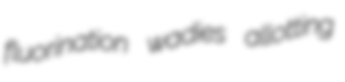
fluorination wadies allotting